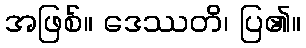
အဖြစ်။ ဒေဿတိ၊ ပြ၏။